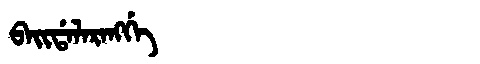
Manchu: ᠪᠠᡳᡩᠠᠯᠠᡵᠠᠩᡤᡝ
Romanization: BAIDALARANGGE